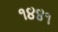
૧૪૪૧